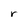
Character: r